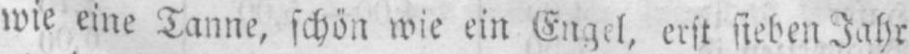
wie eine Tanne, schön wie ein Engel, erst sieben Jahr